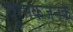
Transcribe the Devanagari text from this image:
युग्मकजनक